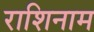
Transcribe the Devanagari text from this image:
राशिनाम